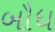
બૌધ